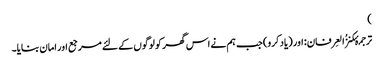
)
ترجمۂکنزُالعِرفان: اور (یاد کرو) جب ہم نے اس گھر کو لوگوں کے لئے مرجع اور امان بنایا۔